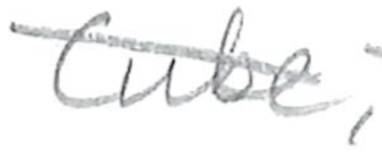
Text: PC,
Cross-out: diagonal
Writing tool: pencil